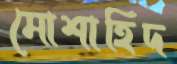
মোশাহিদ